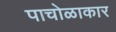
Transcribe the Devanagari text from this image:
पाचोळाकार